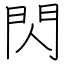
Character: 閃